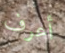
أعرف